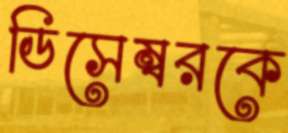
ডিসেম্বরকে